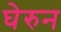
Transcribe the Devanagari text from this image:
घेरुन